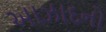
આઝાદનો